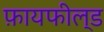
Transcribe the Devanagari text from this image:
फ़ायफील्ड